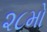
૨૮મો